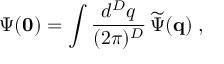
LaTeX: \Psi ( { \bf 0 } ) = \int \frac { d ^ { { D } } q } { ( 2 \pi ) ^ { { D } } } \, \widetilde { \Psi } ( { \bf q } ) \; ,